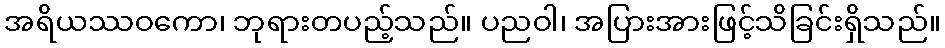
အရိယဿဝကော၊ ဘုရားတပည့်သည်။ ပညဝါ၊ အပြားအားဖြင့်သိခြင်းရှိသည်။